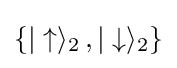
\{|\uparrow \rangle _{2}\,,|\downarrow \rangle _{2}\}